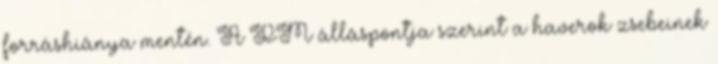
forráshiánya mentén. A PM álláspontja szerint a haverok zsebeinek